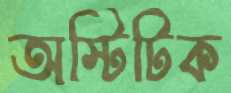
অস্টিটিক